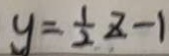
y = \frac { 1 } { 2 } z - 1